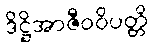
ဒိဋ္ဌိအာဇီဝဝိပတ္တိ